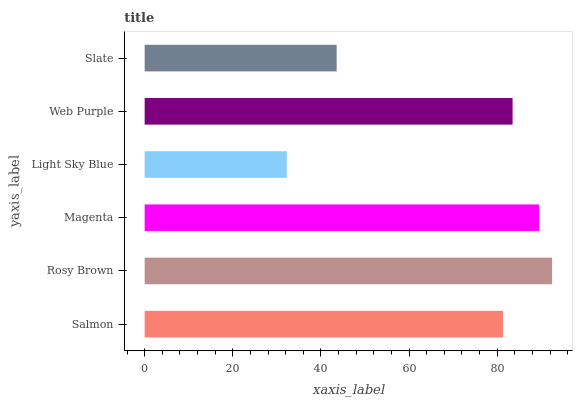
| yaxis_label | bars |
 | --- | --- |
 | Salmon | 81.3 |
 | Rosy Brown | 92.5 |
 | Magenta | 89.5 |
 | Light Sky Blue | 32.3 |
 | Web Purple | 83.5 |
 | Slate | 43.6 |